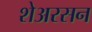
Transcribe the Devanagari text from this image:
शेअरसन